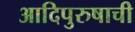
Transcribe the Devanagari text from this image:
आदिपुरुषाची